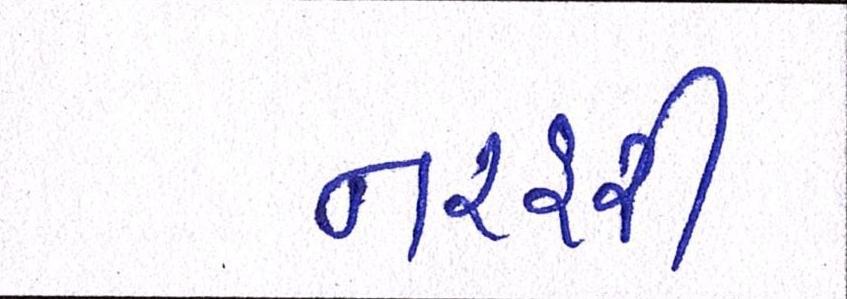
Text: નરહરી